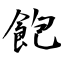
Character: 飽